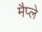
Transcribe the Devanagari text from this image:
मैप्ले